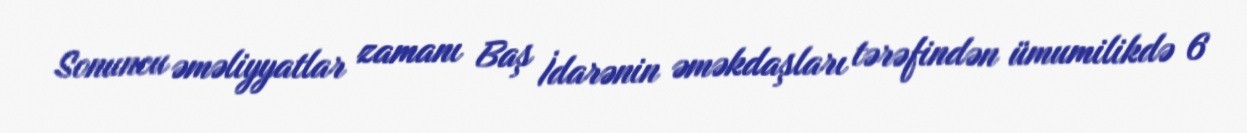
Sonuncu əməliyyatlar zamanı Baş İdarənin əməkdaşları tərəfindən ümumilikdə 6